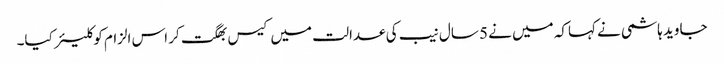
جاوید ہاشمی نے کہاکہ میں نے 5 سال نیب کی عدالت میں کیس بھگت کر اس الزام کو کلیئر کیا۔